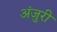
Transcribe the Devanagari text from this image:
अंजुरी